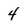
Character: 4